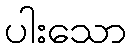
ပါးသော